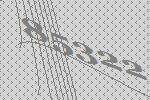
85322